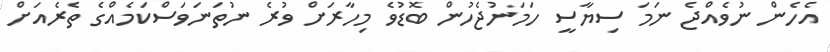
އެހެން ނުވެއްޖެ ނަމަ ސިޔާސީ ހަމަނުޖެހުން ބޮޑުވެ މިހާރަށް ވުރެ ނުތަނަވަސްކަމެއްގެ ތެރެއަށް